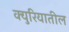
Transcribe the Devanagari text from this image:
क्युरियातील